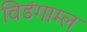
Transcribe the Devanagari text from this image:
विडंगाम्ल